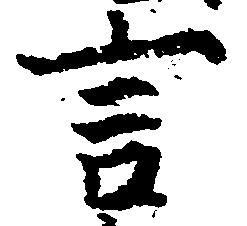
言